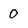
Character: 0